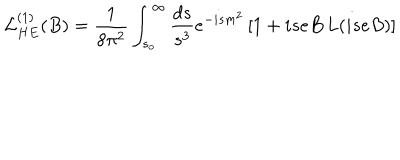
LaTeX: { \cal L } _ { H E } ^ { ( 1 ) } ( B ) = { \frac { 1 } { 8 \pi ^ { 2 } } } \int _ { s _ { o } } ^ { \infty } { \frac { d s } { s ^ { 3 } } } e ^ { - i s m ^ { 2 } } \, [ 1 + i s e B \, L ( i s e B ) ]